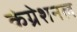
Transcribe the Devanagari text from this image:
कंग्रेशनल